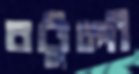
বটুলী